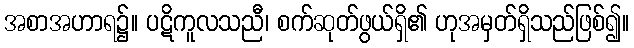
အစာအဟာရ၌။ ပဋိကူလသညီ၊ စက်ဆုတ်ဖွယ်ရှိ၏ ဟုအမှတ်ရှိသည်ဖြစ်၍။